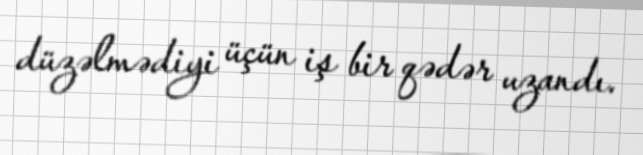
düzəlmədiyi üçün iş bir qədər uzandı.